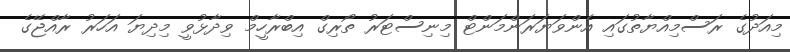
މިއަދުގެ ރަސްމިއްޔާތުގައި އެންވަޔަރަންމަންޓް މިނިސްޓަރު ތޯރިގް އިބްރާހީމް ވިދާޅުވީ މިދިޔަ އަހަރު ރާއްޖޭގެ